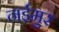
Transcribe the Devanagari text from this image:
नईमुर